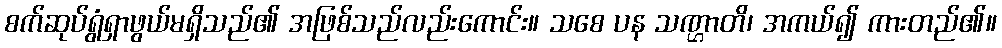
စက်ဆုပ်ရွံရှာဖွယ်မရှိသည်၏ အဖြစ်သည်လည်းကောင်း။ သစေ ပန သဏ္ဌာတိ၊ အကယ်၍ ကားတည်၏။